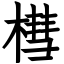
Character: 槥